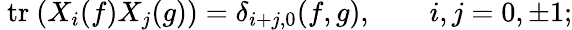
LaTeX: \mathrm{~tr~}(X_{i}(f)X_{j}(g))=\delta_{i+j,0}(f,g),\qquad i,j=0,\pm 1;